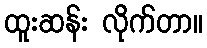
ထူးဆန်း လိုက်တာ။